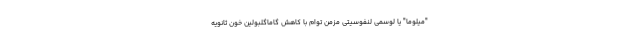
"میلوما" یا لوسمی لنفوسیتی مزمن توام با کاهش گاماگلبولین خون ثانویه